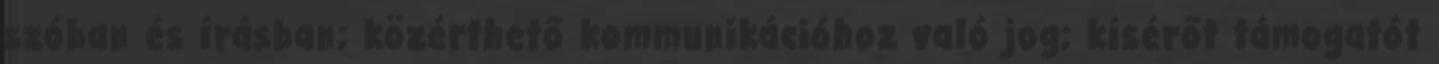
szóban és írásban; közérthető kommunikációhoz való jog; kísérőt támogatót